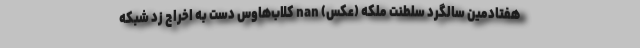
هفتادمین سالگرد سلطنت ملکه (عکس) nan کلاب‌هاوس دست به اخراج زد شبکه